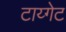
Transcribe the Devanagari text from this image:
टाय्गेट